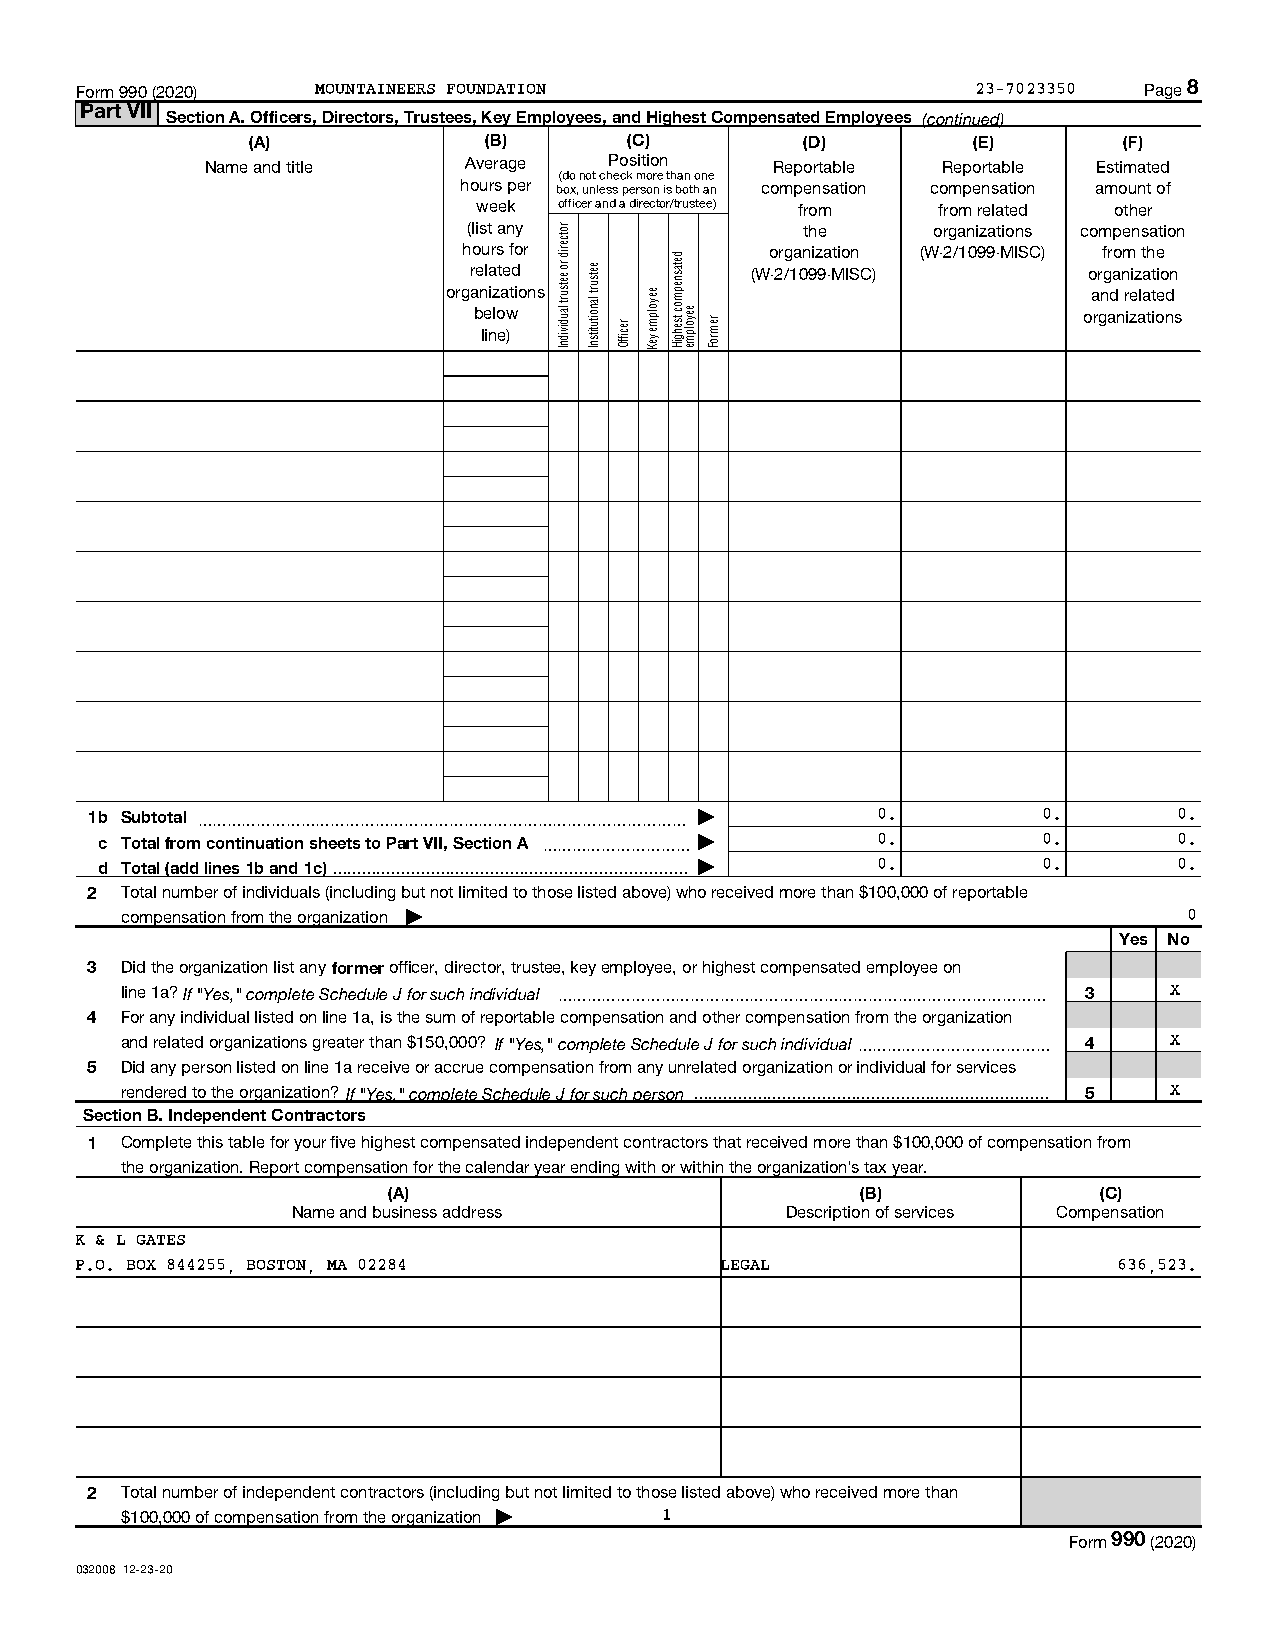
Form 990 (2020) MOUNTAINEERS FOUNDATION                     23-7023350 Page 8
 Part VII
 Section A. Officers, Directors, Trustees, Key Employees, and Highest Compensated Employees (continued)
 (A)             (B)       (C)        (D)        (E)       (F)
 Name and title   Average  Position   Reportable Reportable Estimated
 (do not check more than one
 hours per box, unless person is both an compensation compensation amount of
 week officer and a director/trustee) from from related other
 (list any             the      organizations compensation
 hours for           organization (W-2/1099-MISC) from the
 related            (W-2/1099-MISC)       organization
 organizations                             and related
 below                                    organizations
 line)
 1b Subtotal ~~~~~~~~~~~~~~~~~~~~~~~~~~~~~~~~~ |     0.         0.       0.
 c Total from continuation sheets to Part VII, Section A ~~~~~~~~~~ | 0. 0. 0.
 d Total (add lines 1b and 1c) | 0.    0.       0.
 2 Total number of individuals (including but not limited to those listed above) who received more than $100,000 of reportable
 compensation from the organization |                                   0
 Yes No
 3 Did the organization list any former officer, director, trustee, key employee, or highest compensated employee on
 line 1a? If "Yes," complete Schedule J for such individual ~~~~~~~~~~~~~~~~~~~~~~~~~~~~~~~~~ 3 X
 4 For any individual listed on line 1a, is the sum of reportable compensation and other compensation from the organization
 and related organizations greater than $150,000? If "Yes," complete Schedule J for such individual~~~~~~~~~~~~~ 4 X
 5 Did any person listed on line 1a receive or accrue compensation from any unrelated organization or individual for services
 rendered to the organization? If "Yes," complete Schedule J for such person  5 X
 Section B. Independent Contractors
 1 Complete this table for your five highest compensated independent contractors that received more than $100,000 of compensation from
 the organization. Report compensation for the calendar year ending with or within the organization's tax year.
 (A)                            (B)             (C)
 Name and business address        Description of services Compensation
 K & L GATES
 P.O. BOX 844255, BOSTON, MA 02284          LEGAL                     636,523.
 2 Total number of independent contractors (including but not limited to those listed above) who received more than
 $100,000 of compensation from the organization | 1
 Form 990 (2020)
 032008 12-23-20
 rotcerid
 ro eetsurt
 laudividnI
 eetsurt
 lanoitutitsnI
 reciffO
 eeyolpme
 yeK
 detasnepmoc
 tsehgiH eeyolpme remroF